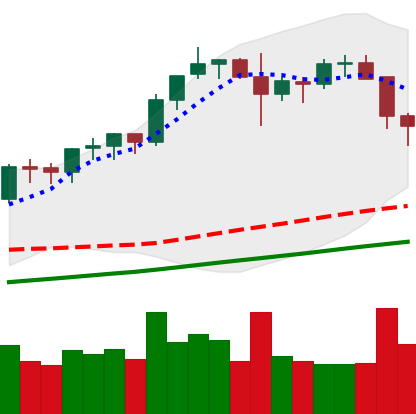
Ticker: BNB-USD
Chart end date: 2021-11-17
Forward return: -3.281%
Label: down_3_5